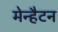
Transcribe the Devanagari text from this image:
मेन्हैटन